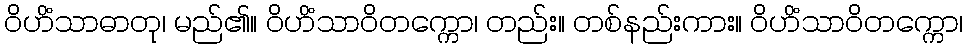
ဝိဟိံသာဓာတု၊ မည်၏။ ဝိဟိံသာဝိတက္ကော၊ တည်း။ တစ်နည်းကား။ ဝိဟိံသာဝိတက္ကော၊